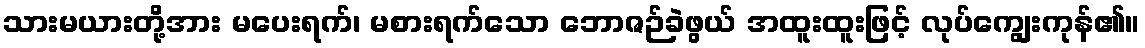
သားမယားတို့အား မပေးရက်၊ မစားရက်သော ဘောဇဉ်ခဲဖွယ် အထူးထူးဖြင့် လုပ်ကျွေးကုန်၏။